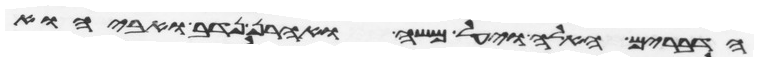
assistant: הדברים האלה ויעל משה ואהרן נדב ואביהוא